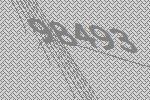
98493